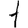
Digit: 1